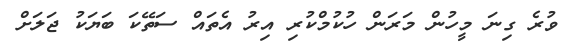
ވުރެ ގިނަ މީހުން މަރަން ހުކުމްކުރި އިރު އެތައް ސަތޭކަ ބަޔަކު ޖަލަށް